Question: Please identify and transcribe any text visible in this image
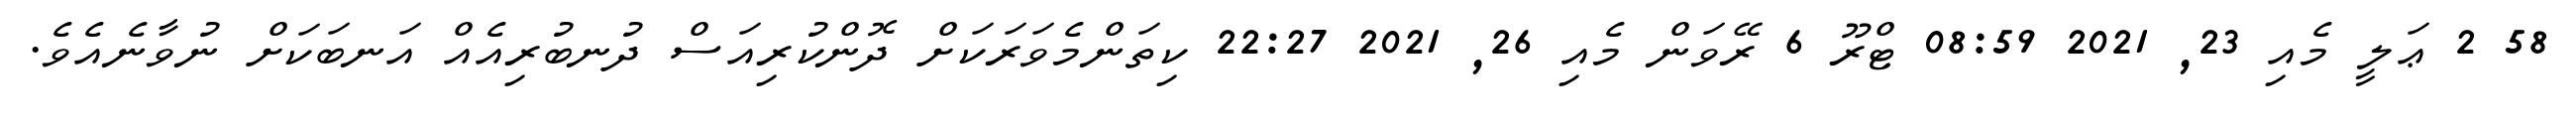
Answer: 58 2 ޢަލީ މެއި 23, 2021 08:59 ޓްރޫ 6 ރޭވަން މެއި 26, 2021 22:27 ކިތަންމެވަރަކަށް ދޮންކުރިއަސް ދުނބުރިއެއް އަނބަކަށް ނުވާނެއެވެ.